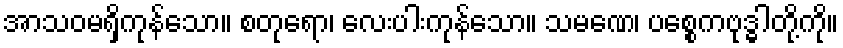
အာသဝမရှိကုန်သော။ စတုရော၊ လေးပါးကုန်သော။ သမဏေ၊ ပစ္စေကဗုဒ္ဓါတို့ကို။